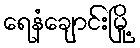
ရေနံချောင်းမြို့